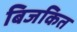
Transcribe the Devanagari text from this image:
बिजकित